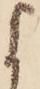
よ